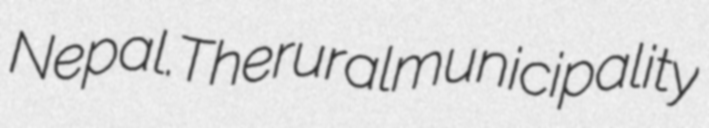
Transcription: Nepal.The rural municipality